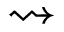
\rightsquigarrow